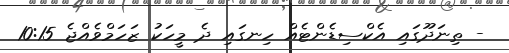
- ތިނަދޫގައި އެކްސިޑެންޓެއް ހިނގައި ދެ މީހަކު ޒަހަމްވެއްޖެ 10:15